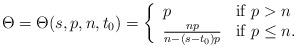
LaTeX: \begin{align*} \Theta=\Theta(s,p,n,t_0)=\left\{ \begin{array}{ll} p & \textrm{if} \,\,p>n\\ \frac{np}{n-(s-t_0)p} & \textrm{if} \,\,p\leq n.\end{array} \right.\end{align*}